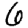
Digit: 6